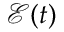
\mathcal { E } ( t )